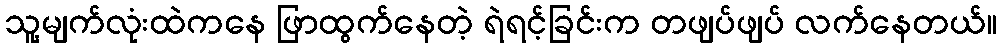
သူ့မျက်လုံးထဲကနေ ဖြာထွက်နေတဲ့ ရဲရင့်ခြင်းက တဖျပ်ဖျပ် လက်နေတယ်။